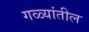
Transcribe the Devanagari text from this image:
गळ्यांतील